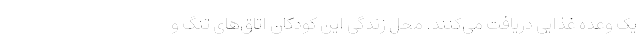
یک وعده غذایی دریافت می‌کنند. محل زندگی این کودکان اتاق‌های تنگ و